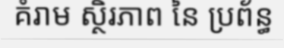
គំរាម ស្ថិរភាព នៃ ប្រព័ន្ធ